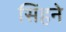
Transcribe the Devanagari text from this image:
सिंहने